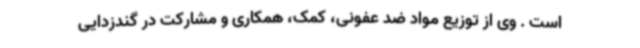
است . وی از توزیع مواد ضد عفونی، کمک، همکاری و مشارکت در گندزدایی